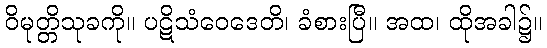
ဝိမုတ္တိသုခကို။ ပဋိသံဝေဒေတိ၊ ခံစားပြီ။ အထ၊ ထိုအခါ၌။